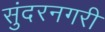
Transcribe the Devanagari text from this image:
सुंदरनगरी